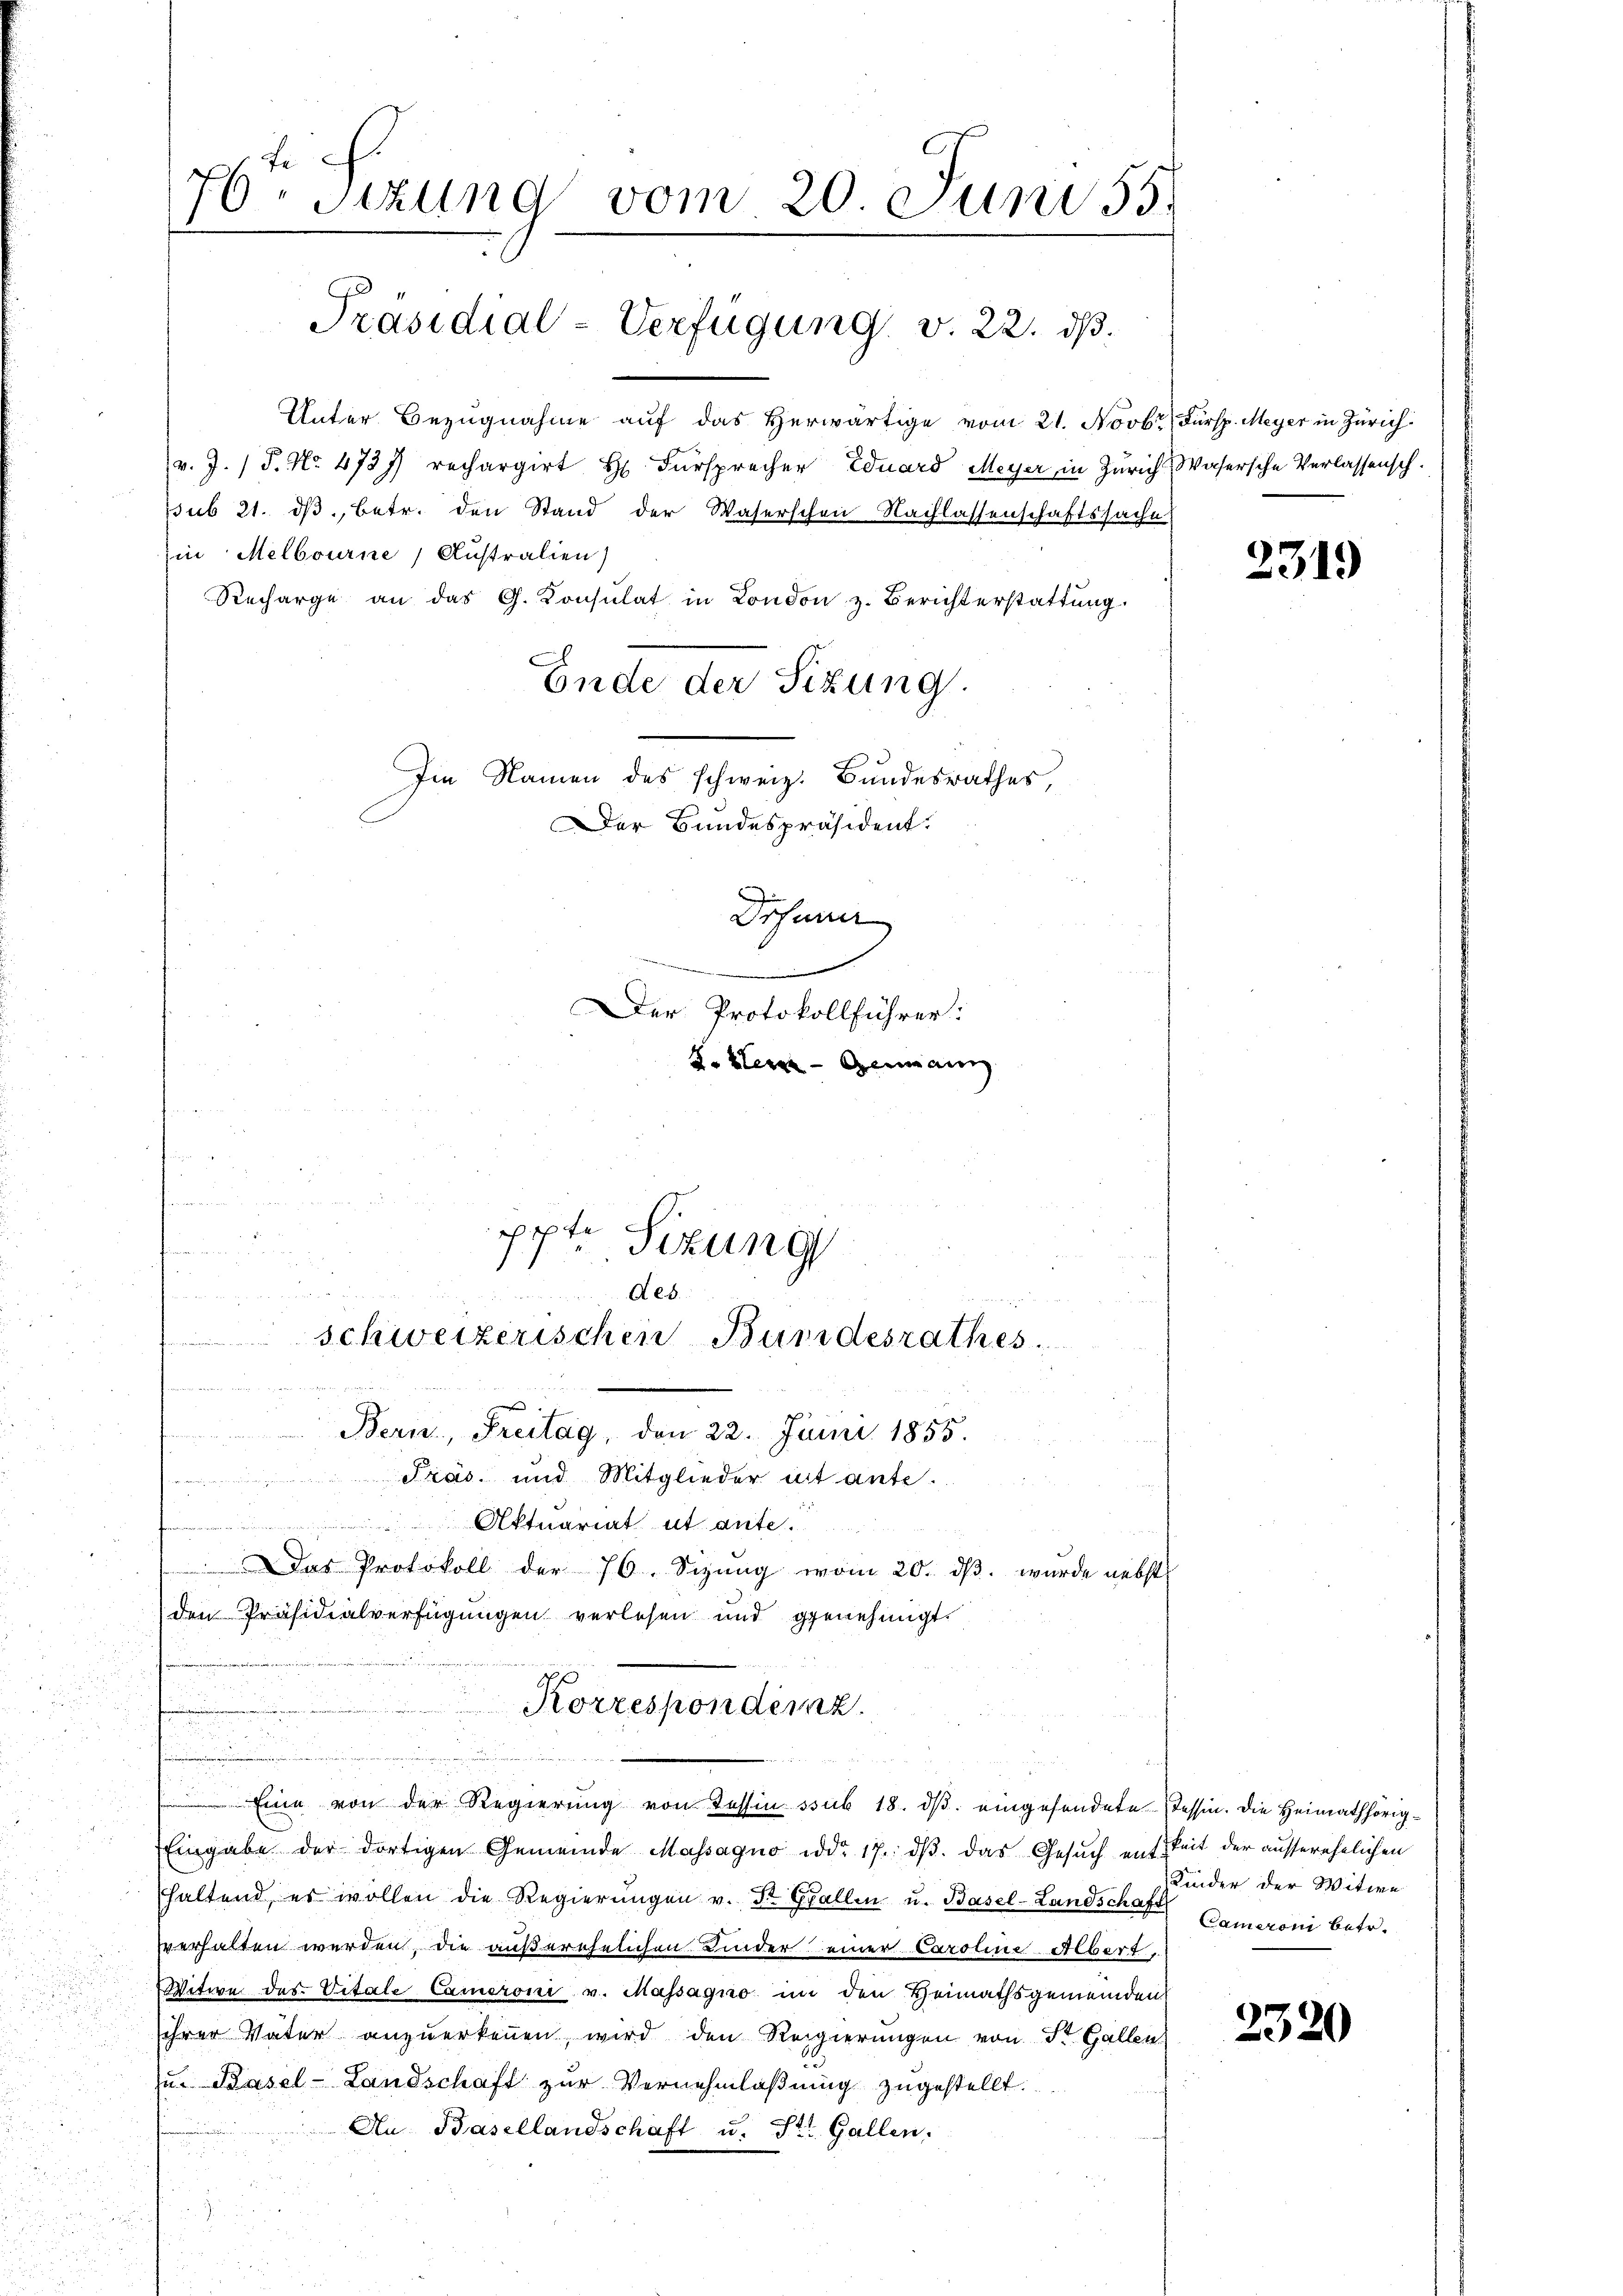
76. Sizung vom 20. Juni 55.
e

Unter Bezugnahme auf das Herwärtige vom 21. Novbr. Fürsp. Meyer in Zürich
v. J. J. No. 4737 rechargirt H. Fürsprecher Eduard Meyer in Zürich Wasersche Verlassensch.
ssub 21. ds., betr. den Stand der Waserschen Nachlassenschaftssache
Ein Melbourne, Australien)
Recharge an das G. Consulat in London, z. Berichterstattung.
Ende der Sitzung.
Im Namen des schweiz. Bundesrathes,

u

Präsidial-Verfügung v. 22. ds.

Der Bundespräsident.
Dohnner
Der Protokollführer:
d. Kleine Genann

cpte
Sizung
n
deb
e
schweizerischen Bundesrathes.
inter den den Herr
n
Bern, Freitag, den 22. Junii 1855.
Fräs. und Mitglieder nit ante.
u
Aktuariat et ante
Das Protokoll der 76. Sizung vom 20. dβ. wurde nebst

formen und
d
u
d
.
n
u
Eine von der Regierŭng von Tessin sub 18. dβ eingesendete
Eingabe der dortigen Gemeinde Massagno ddo 17. dβ das Gesŭch ent-
haltend, er wollen die Regierŭngen v. St. Gallen u. Basel-Landschafte Cameroni betr.
vverhalten werden, die äußerehelichen Kinder einer Caroline Albert,
Witwe des Vitale Cameroni v. Massagno in den Heimathsgemeinden
sihrer Vater anzuerkennen, wird den Regierungen von St. Gallen
u. Basel-Landschaft zur Vernehmlaßung zugestellt.
An Basellandschaft u. St. Gallen.
e
u

den Präsidialverfügungen verlesen und genehmigt.
Korrespondenz.

2319

Tessin. Die Heimathörigkeit der ausserehelichen
Kinder der Witwe

2320